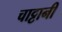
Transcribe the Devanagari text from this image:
चाट्टानी